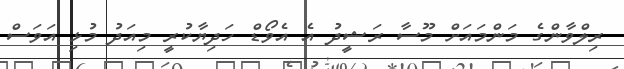
ރިލްވާންގެ މަންމައަށް މޫސާ ރަޝީދު އެ އެވޯޑް ހަދިޔާކުރީ މިއަދު މުޅި އަވަސް